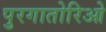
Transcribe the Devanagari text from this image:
पुरगातोरिओ